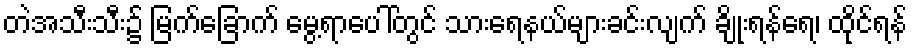
တဲအသီးသီး၌ မြက်ခြောက် မွေ့ရာပေါ်တွင် သားရေနယ်များခင်းလျက် ချိုးရန်ရေ၊ ထိုင်ရန်